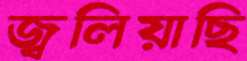
জ্বলিয়াছি